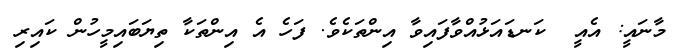
މާނައީ: އެއީ  ކަނޑައަޅުއްވާފައިވާ އިންތަކެވެ. ފަހެ އެ އިންތަކާ ތިޔަބައިމީހުން ކައިރި